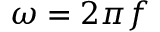
\omega = 2 \pi f